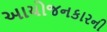
આયોજનકારની